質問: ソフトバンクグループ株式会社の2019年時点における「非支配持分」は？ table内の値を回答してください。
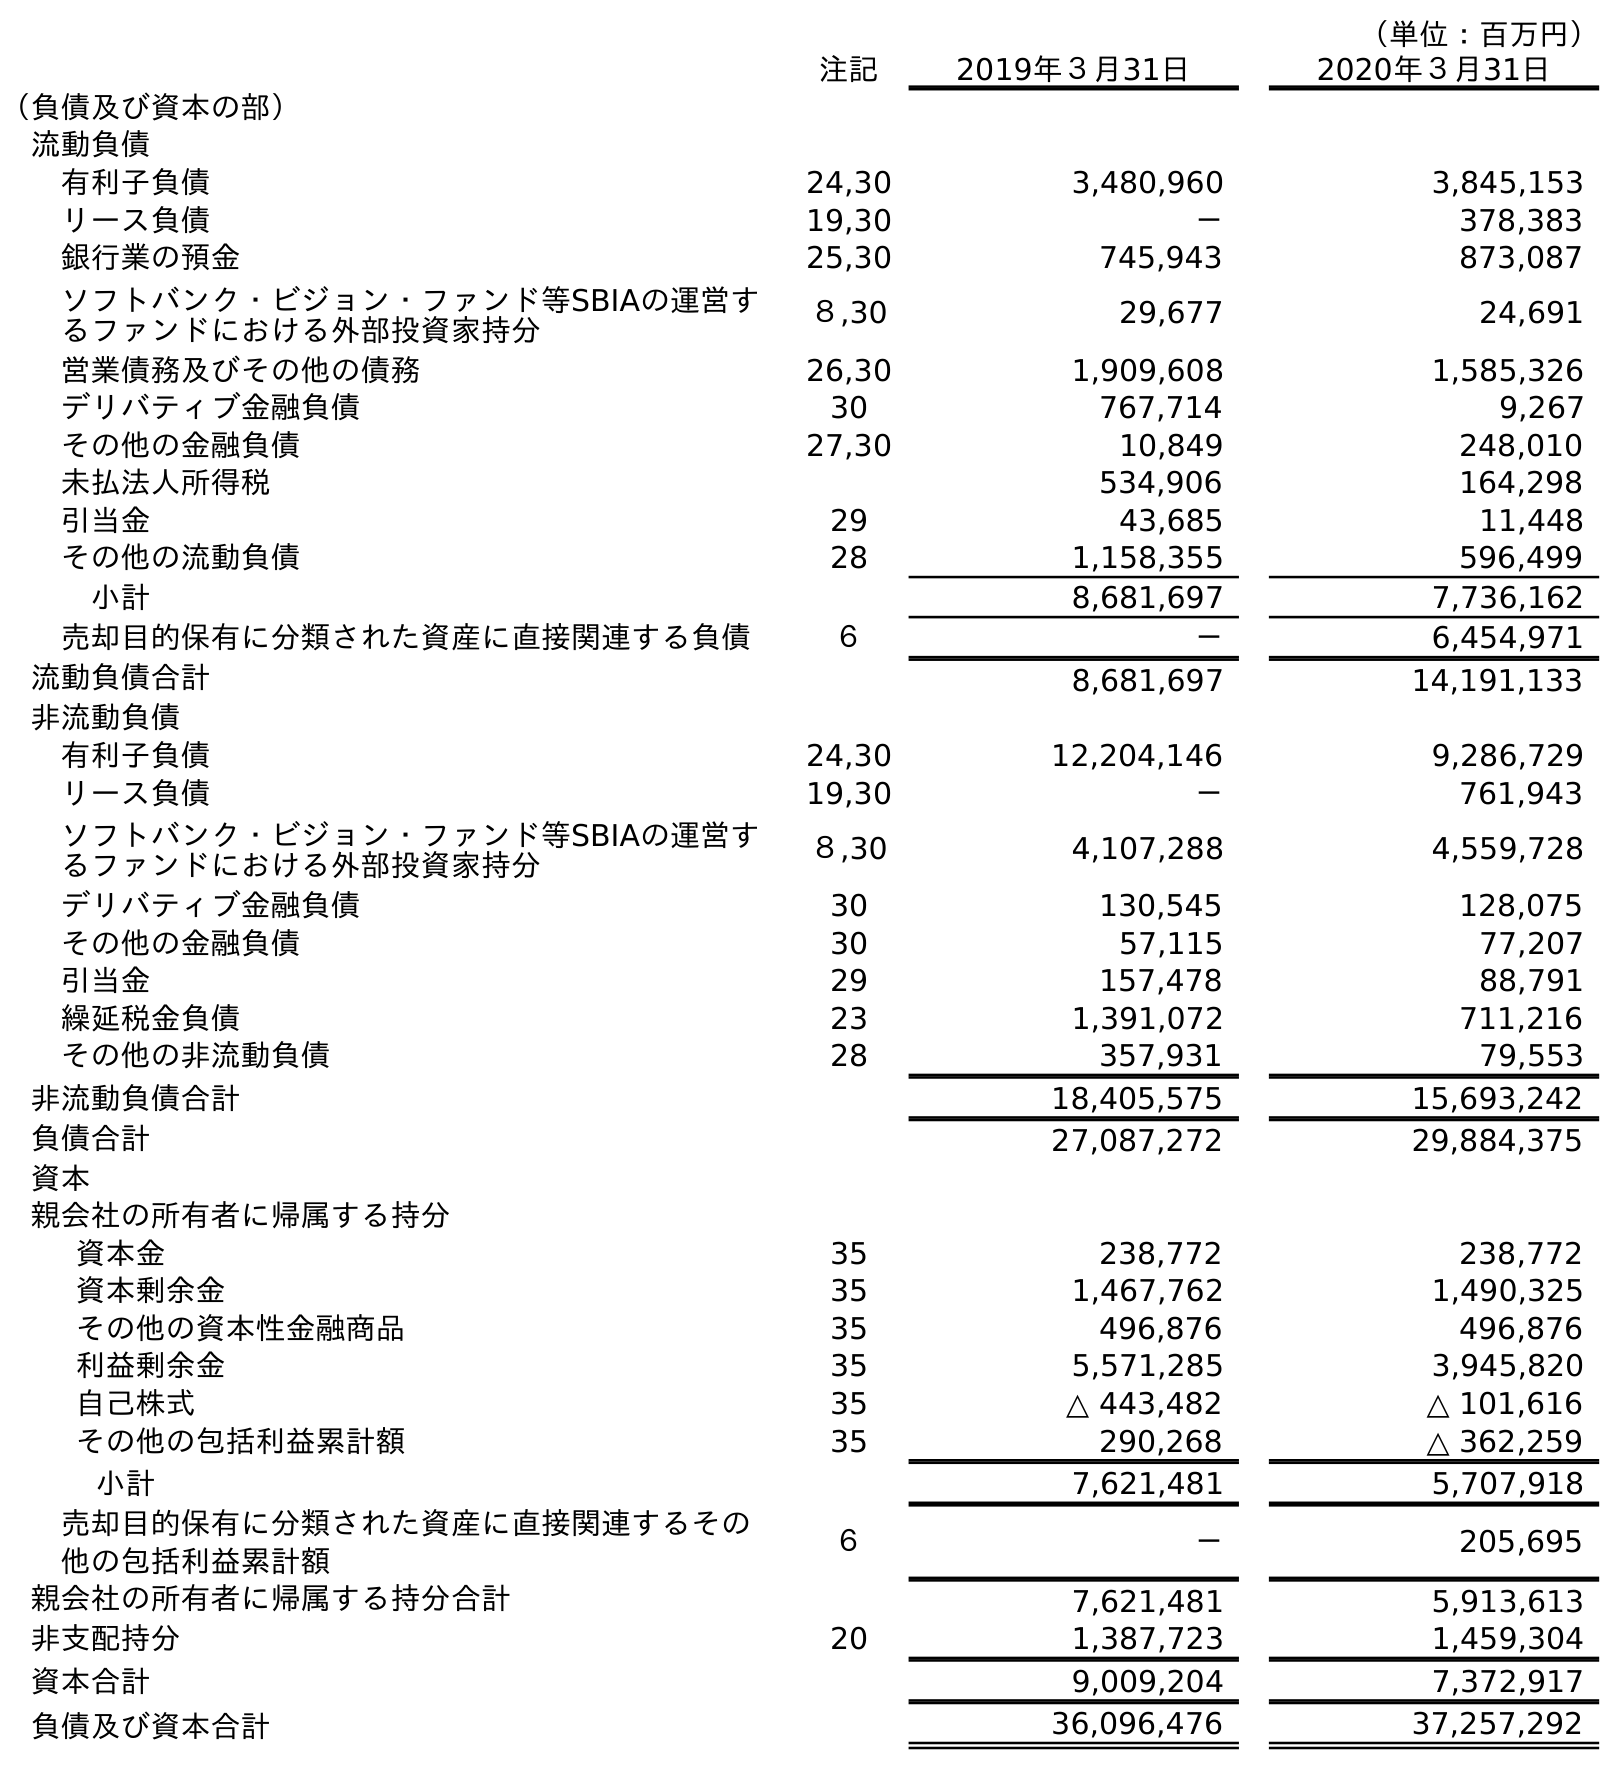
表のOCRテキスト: （単位：百万円） 注記 2019年３月31日 2020年３月31日 （負債及び資本の部） 流動負債 有利子負債 24,30 3,480,960 3,845,153 リース負債 19,30 － 378,383 銀行業の預金 25,30 745,943 873,087 ソフトバンク・ビジョン・ファンド等SBIAの運営す るファンドにおける外部投資家持分 ８,30 29,677 24,691 営業債務及びその他の債務 26,30 1,909,608 1,585,326 デリバティブ金融負債 30 767,714 9,267 その他の金融負債 27,30 10,849 248,010 未払法人所得税 534,906 164,298 引当金 29 43,685 11,448 その他の流動負債 28 1,158,355 596,499 小計 8,681,697 7,736,162 売却目的保有に分類された資産に直接関連する負債 ６ － 6,454,971 流動負債合計 8,681,697 14,191,133 非流動負債 有利子負債 24,30 12,204,146 9,286,729 リース負債 19,30 － 761,943 ソフトバンク・ビジョン・ファンド等SBIAの運営す るファンドにおける外部投資家持分 ８,30 4,107,288 4,559,728 デリバティブ金融負債 30 130,545 128,075 その他の金融負債 30 57,115 77,207 引当金 29 157,478 88,791 繰延税金負債 23 1,391,072 711,216 その他の非流動負債 28 357,931 79,553 非流動負債合計 18,405,575 15,693,242 負債合計 27,087,272 29,884,375 資本 親会社の所有者に帰属する持分 資本金 35 238,772 238,772 資本剰余金 35 1,467,762 1,490,325 その他の資本性金融商品 35 496,876 496,876 利益剰余金 35 5,571,285 3,945,820 自己株式 35 △ 443,482 △ 101,616 その他の包括利益累計額 35 290,268 △ 362,259 小計 7,621,481 5,707,918 売却目的保有に分類された資産に直接関連するその 他の包括利益累計額 ６ － 205,695 親会社の所有者に帰属する持分合計 7,621,481 5,913,613 非支配持分 20 1,387,723 1,459,304 資本合計 9,009,204 7,372,917 負債及び資本合計 36,096,476 37,257,292
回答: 1,387,723